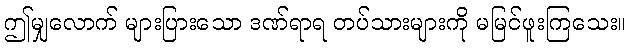
ဤမျှလောက် များပြားသော ဒဏ်ရာရ တပ်သားများကို မမြင်ဖူးကြသေး။